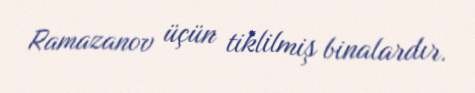
Ramazanov üçün tiklilmiş binalardır.